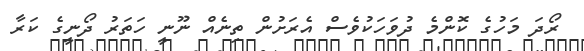
ރޯދަ މަހުގެ ކޮންމެ ދުވަހަކުވެސް އެރަށުން ތިނެއް ނޫނީ ހަތަރު ދޯނީގެ ކަރާ